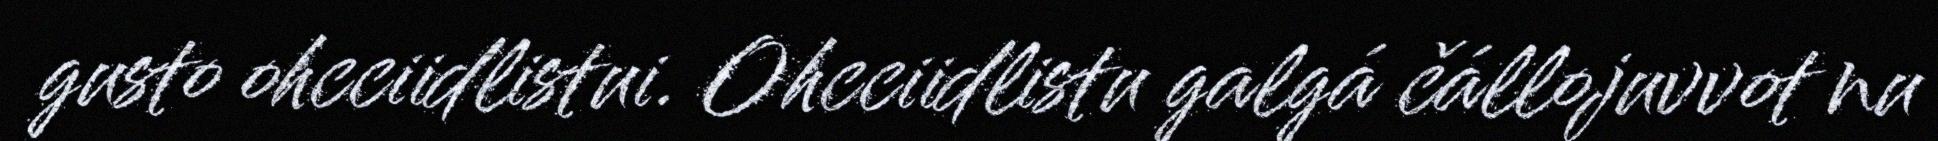
gusto ohcciidlistui. Ohcciidlistu galgá čállojuvvot nu